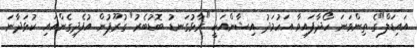
އައިޑަލް"ގެ ތިންވަނަ ހޯދާފައިވާ އަހުމަދު އިޝާންއަކީ "ރާޅުގަނޑު ބޮޑުބެރު" ގުރޫޕުން އުފެދިގެންއައި ކުޅަދާނަ